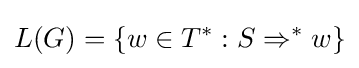
L(G)=\{w\in T^{*}:S\Rightarrow ^{*}w\}